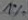
Text: 1%